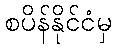
စပိန်နိုင်ငံမှ